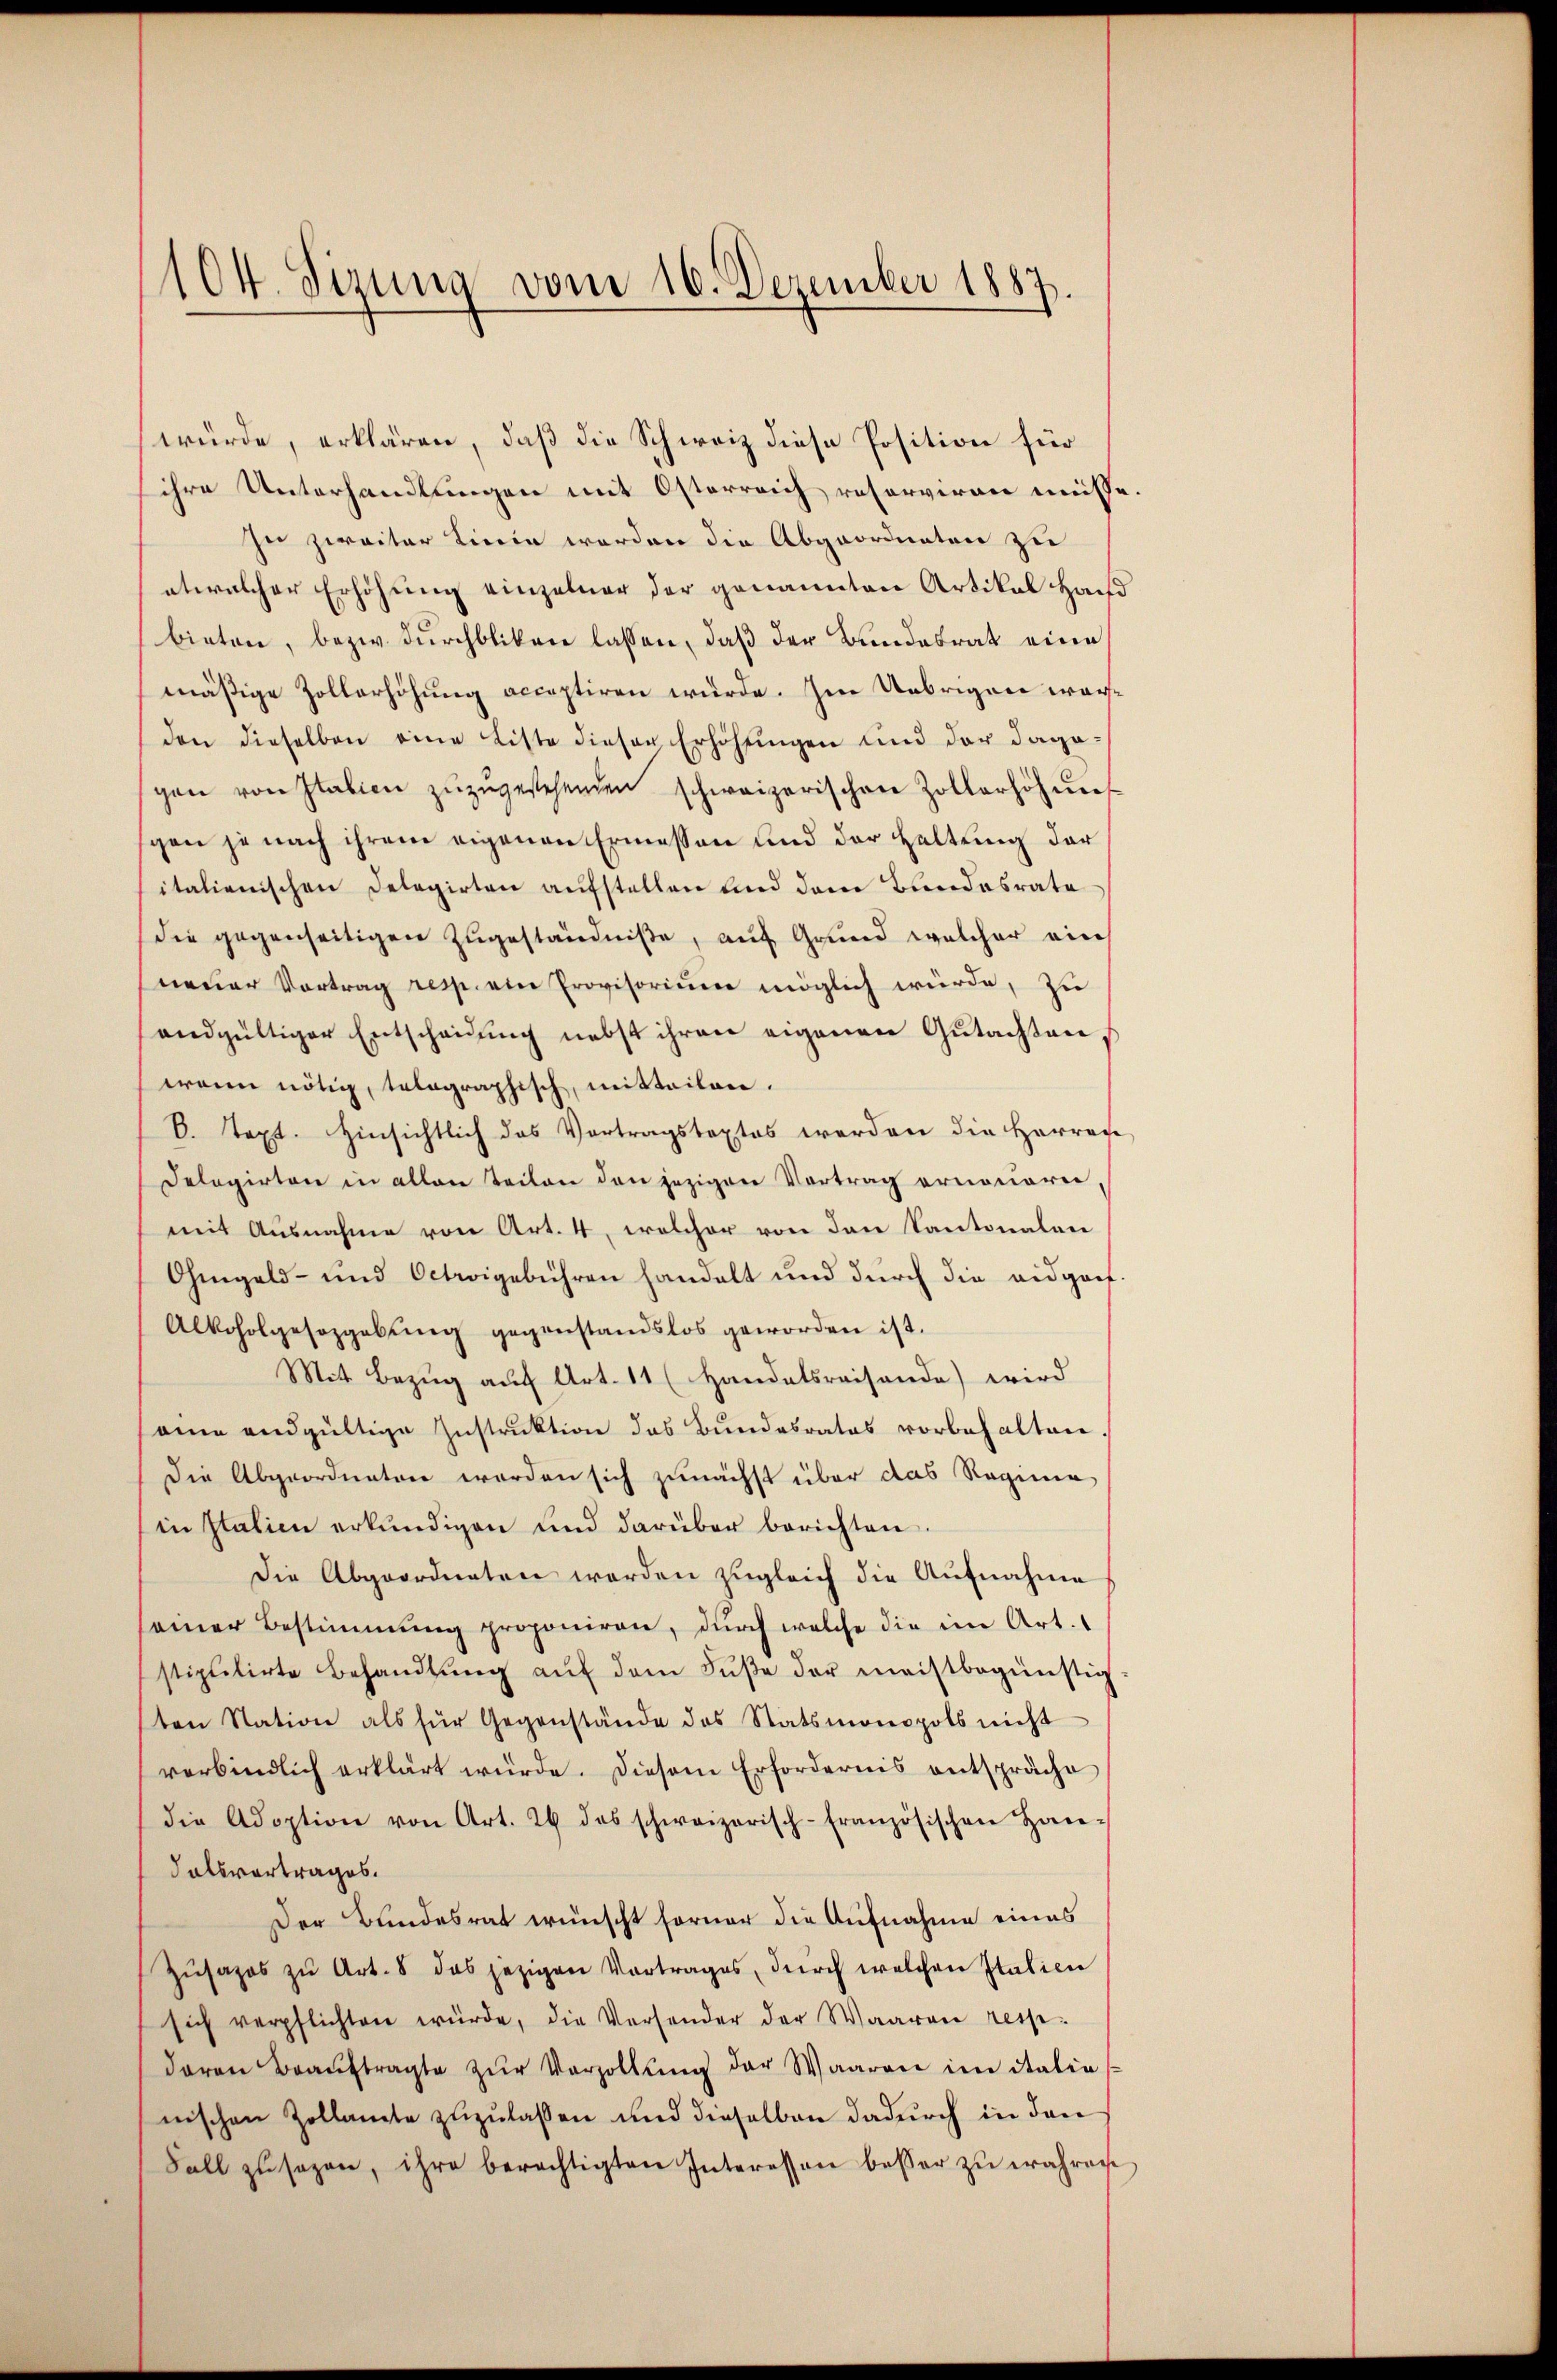
104. Sizung vom 16. Dezember 1887.

würde, erklären, daß die Schweiz diese Position für
ihre Unterhandlungen mit Österreich reserviren muß
sei zweiter Linie worden die Abgeordneten zu
etwelcher Erhöhung einzelner der genannten Artikal Haus
bieten, bezw. durchbliken lassen, daß der Bundesrat eine
mäßige Zollerhöhung acceptiren würde. Im Uebrigen worden dieselben eine Liste dieser Erhöhungen und der dagegen von Italien zŭzŭgestehenden schweizerischen Zollerhöhere
spen je nach ihrem eigenen Ermessen und der Haltung der
italienischen Delegirten aufstellen und dem Bundesrate
die gegenseitigen Zugeständniße, auf Grund welcher ein
neuer Vortrag resp. ein Provisoriŭm möglich würde, zu
andgültiger Entscheidung nebst ihren eigenen Gutachten
wenn nötig, telegraphisch, mitteilen.
b. Text. Hinsichtlich das Vortragstextes werden die Herren
Delegirten in allen Teilen den jezigen Vortrag ernouoren,
mit Ausnahme von Art. 4, welcher von den Kantonalver
Ohmgeld- und Octwigebühren handelt und durch die eidgoef¬
Alkoholgesezgabŭng gegenstandslos geworden ist.
Mit Bezug auf Art. 11 (Handelsreisende) wird
eine endgültige Instruktion das Bundesrates vorbehalten
Die Abgeordneten worden sich zunächst über das Regime
in Italien erkŭndigen und darüber berichten.
Die Abgeordneten werden zugleich die Aufnahme
seiner Bestimmung proponiren, durch welche die im Art.
stipulirte Behandlŭng aŭf dem Fuße der meistbegünstig
ten Station als für Gegenstände des Statsmonopols nicht
verbindlich erklärt würde. Diesem Erfordernis entspräche
die Adoption von Art. 24 das schweizerisch-Französischen Hone
dalsvortrages.
Der Bundesrat wünscht ferner die Aufnahme eines
Zŭsazos zu Art. 8 das jezigen Vortrages, durch welchen Italien
sich verpflichten würde, die Versonder der Waaren ressidaran Beaŭftragte zŭr Verzollŭng der Waaren im italias
nischen Zollamte zuzulassen und dieselben dadurch in den
Fall zusagen, ihre berechtigten Interessen besser zu wahren